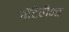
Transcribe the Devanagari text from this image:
मॅटेलैना